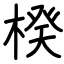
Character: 楑